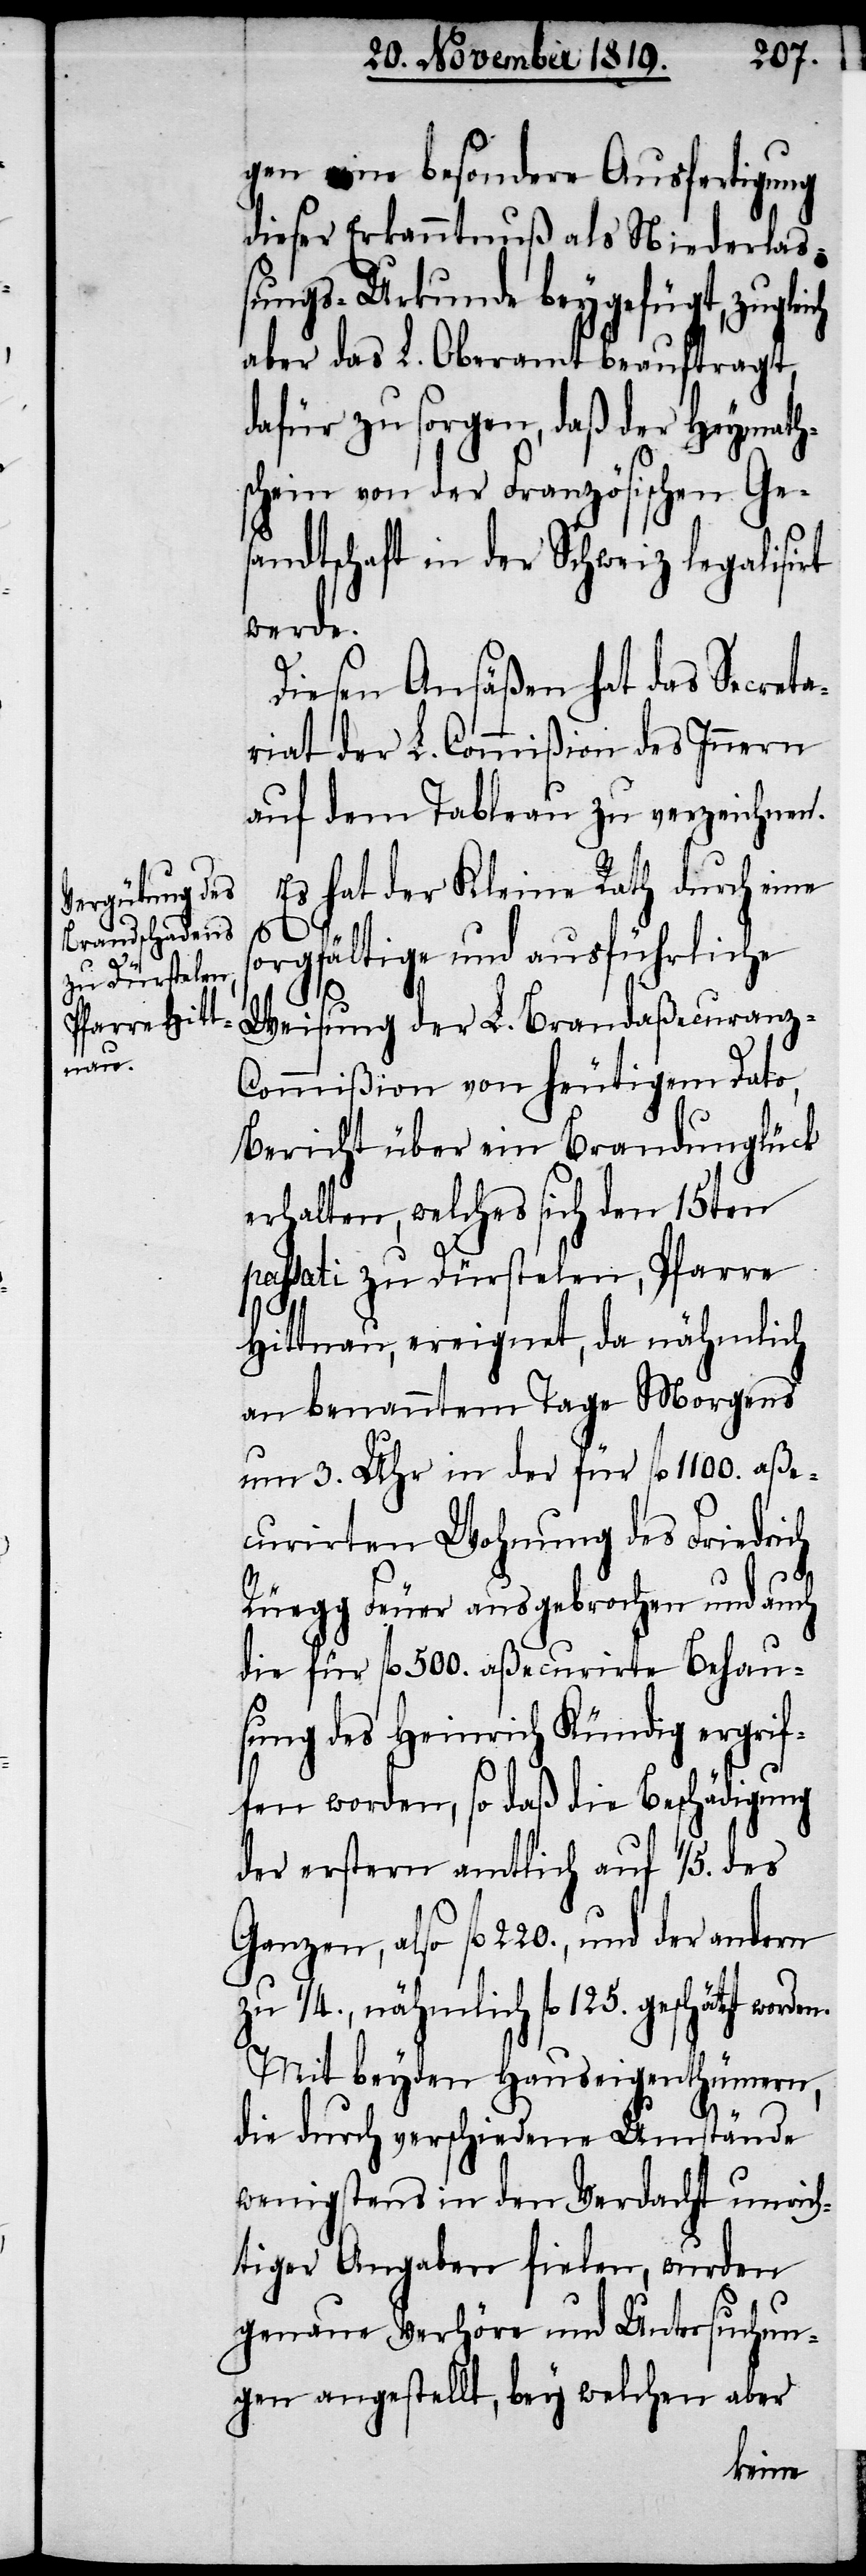
rden.

gen eine besondere Ausfertigung
dieser Erkanntnuß als Niederlas¬
sungs-Urkunde beygefügt, zugleich
aber das L. Oberamt beauftragt,
dafür zu sorgen, daß der Heymath¬
schein von der Französischen Ge¬
sandtschaft in der Schweiz legalisirt
werde.
Diesen Ansäßen hat das Secreta¬
riat der L. Commißion des Innern
auf dem Tableau zu verzeichnen.
Es hat der Kleine Rath durch eine
so¬
rgfältige und ausführliche
Weisung der L. Brandaßecuranz-C¬
ommißion von heutigem Dato,
Bericht über ein Brandunglück
erhalten, welches sich den 15ten
passati zu Dürstelen, Pfarre
Hittnau, ereignet, da nähmlich
an benanntem Tage Morgens
um 3. Uhr in der für fl. 1100. aße¬
curirten Wohnung des Friedrich
Rüegg Feuer ausgebrochen und auch
die für fl. 500. aßecurirte Behau¬
sung des Heinrich Kündig ergrif¬
fen worden, so daß die Beschädigung
der erstern amtlich auf 1/5. des
also fl 220., und der andern
zu 1/4., nähmlich fl. 125. geschätzt wo¬
Mit beyden Hauseigenthümern,
die durch verschiedene Umstände
wenigstens in den Verdacht unrich¬
tiger Angaben fielen, wurden
genaue Verhöre und Untersuchun¬
gen angestellt, bey welchen aber